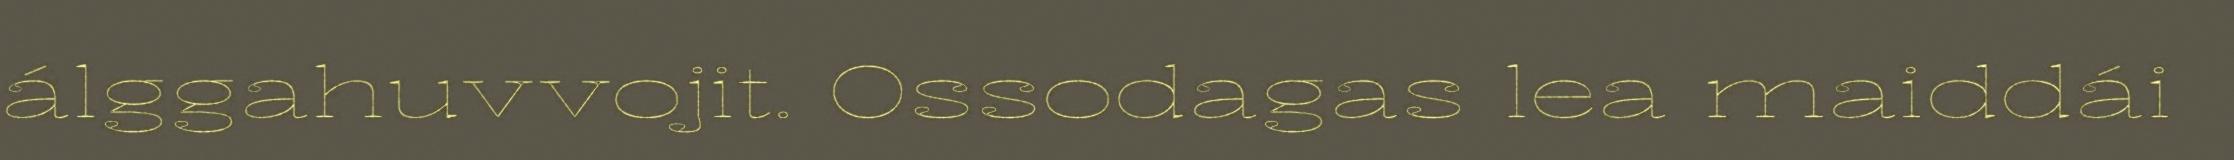
álggahuvvojit. Ossodagas lea maiddái